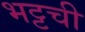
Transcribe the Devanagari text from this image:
भट्टची